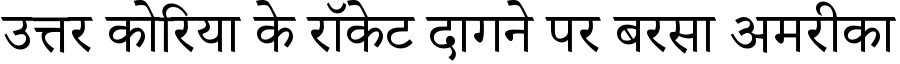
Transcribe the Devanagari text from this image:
उत्तर कोरिया के रॉकेट दागने पर बरसा अमरीका